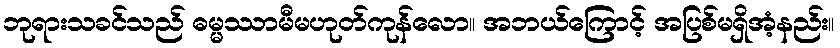
ဘုရားသခင်သည် ဓမ္မဿာမီမဟုတ်ကုန်လော။ အဘယ်ကြောင့် အပြစ်မရှိအံ့နည်း။